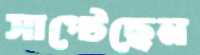
সাপ্‌টেছেন